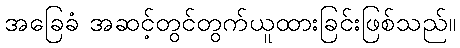
အခြေခံ အဆင့်တွင်တွက်ယူထားခြင်းဖြစ်သည်။